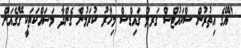
"އޭގެ އިތުރުން ސްކައުޓްސް ގަރލް ގައިޑްސް މިހާރު ކުރަމުން ގެންދާ މަސައްކަތަކީ ގޭގެއަށް